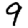
Digit: 9